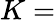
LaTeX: K=